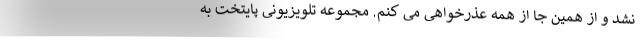
نشد و از همین جا از همه عذرخواهی می کنم. مجموعه تلویزیونی پایتخت به